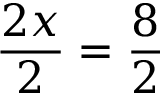
{ \frac { 2 x } { 2 } } = { \frac { 8 } { 2 } }